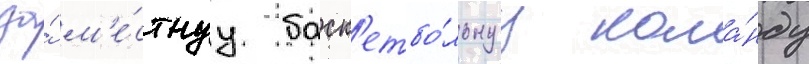
за́ м'е́стнуу баск'етбо́льнуу кома́нду